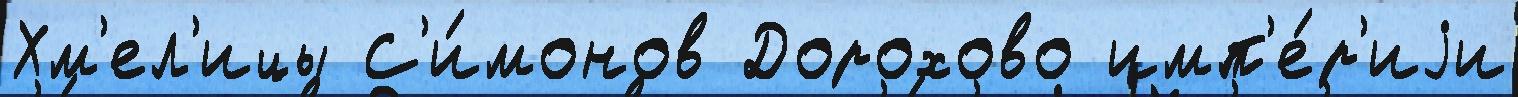
Хм'ел'ицы С'и́монов Дорохово имп'е́р'иjи